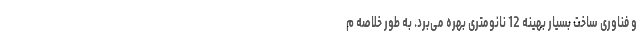
و فناوری ساخت بسیار بهینه 12 نانومتری بهره می‌برد. به طور خلاصه م